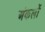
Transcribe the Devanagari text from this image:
अंकलों